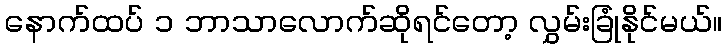
နောက်ထပ် ၁ ဘာသာလောက်ဆိုရင်တော့ လွှမ်းခြုံနိုင်မယ်။